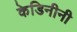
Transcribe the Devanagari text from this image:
केडिनीनी